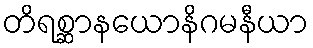
တိရစ္ဆာနယောနိဂမနီယာ